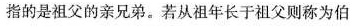
指的是祖父的亲兄弟。若从祖年长于祖父则称为伯